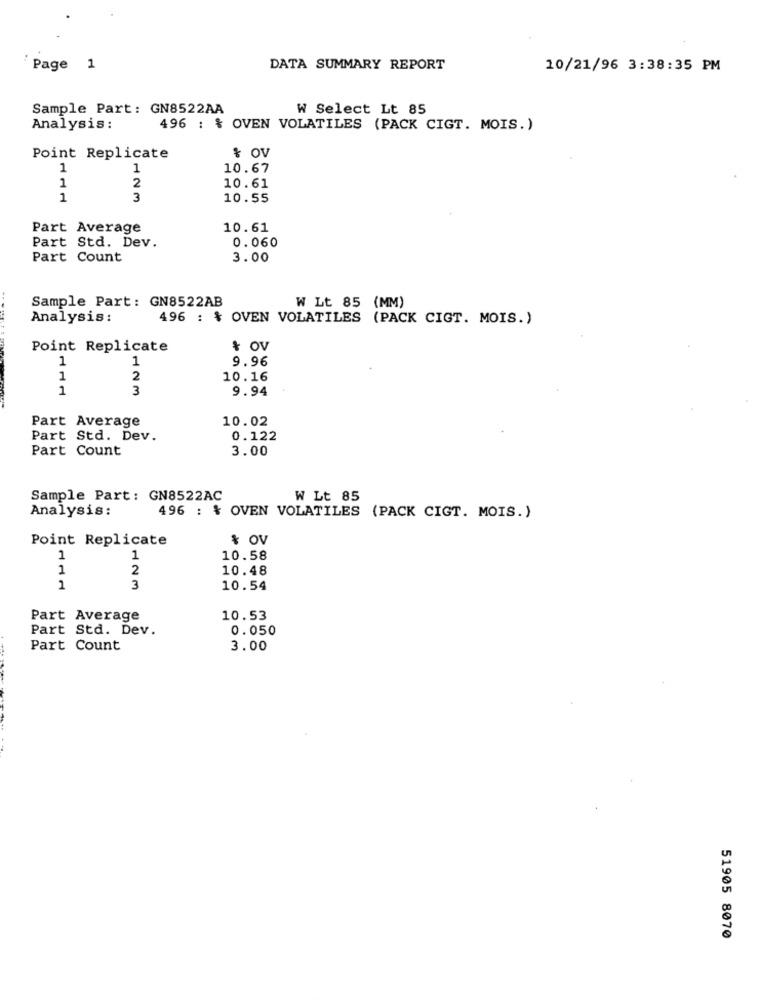
Page 1
DATA SUMMARY REPORT
10/21/96 3:38:35 PM
Sample Part: GN8522AA
W Select Lt 85
Analysis:
496 : & OVEN VOLATILES (PACK CIGT. MOIS.)
Point Replicate
& OV
1
1
10.67
2
1
10.61
1
3
10.55
Part Average
10.61
Part Std. Dev.
0.060
Part Count
3.00
Sample Part: GN8522AB
W Lt 85 (MM)
Analysis :
496 : & OVEN VOLATILES (PACK CIGT. MOIS.)
Point Replicate
& OV
1
1
9.96
1
2
10.16
1
3
9.94
Part Average
10.02
Part Std. Dev.
0.122
Part Count
3.00
Sample Part: GN8522AC
W Lt 85
Analysis:
496 : & OVEN VOLATILES (PACK CIGT. MOIS. )
Point Replicate
% OV
1
1
10.58
1
2
10.48
1
3
10.54
Part Average
10.53
Part Std. Dev.
0.050
Part Count
3.00
51905 8070